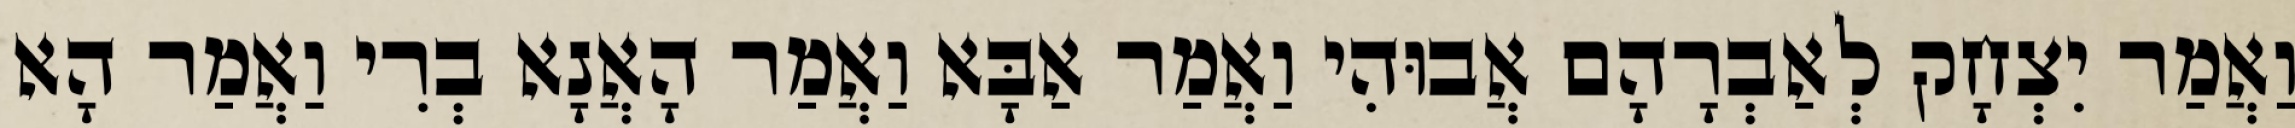
וַאֲמַר יִצְחָק לְאַבְרָהָם אֲבוּהִי וַאֲמַר אַבָּא וַאֲמַר הָאֲנָא בְרִי וַאֲמַר הָא